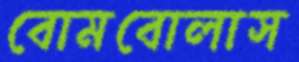
বোমবোলাস